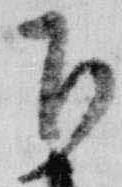
下